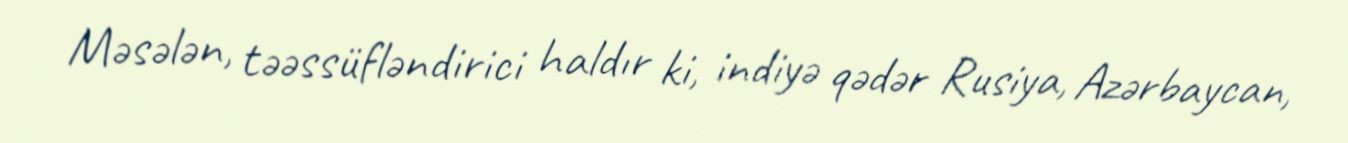
Məsələn, təəssüfləndirici haldır ki, indiyə qədər Rusiya, Azərbaycan,